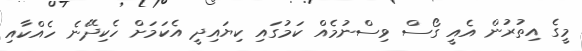
މީގެ އިތުރުން އެއީ ގޯސް ވިސްނުމެއް ކަމުގައި ކިޔައިދީ އެކަމަށް ހެކިދޭނެ ހެއްކާއި